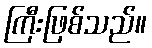
ကြီးဖြစ်သည်။